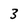
Character: 3